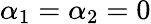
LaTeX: \alpha_{1}=\alpha_{2}=0